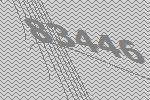
83446